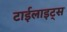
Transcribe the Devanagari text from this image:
टाईलाइट्स